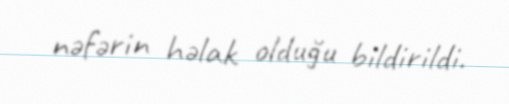
nəfərin həlak olduğu bildirildi.